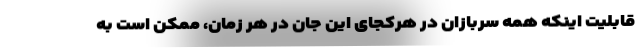
قابلیت اینکه همه سربازان در هرکجای این جان در هر زمان، ممکن است به